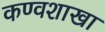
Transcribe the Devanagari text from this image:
कण्वशाखा